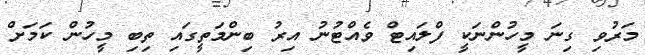
މަރުވި ގިނަ މީހުންނަކީ ފްލައިޓް ވެއްޓުނު އިރު ބިންމަތީގައި ތިބި މީހުން ކަމަށް